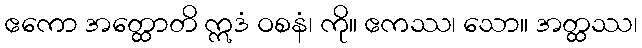
ဧကော အတ္ထောတိ ဣဒံ ဝစနံ၊ ကို။ ဧကဿ၊ သော။ အတ္ထဿ၊